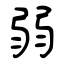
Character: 弱